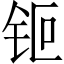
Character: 钷